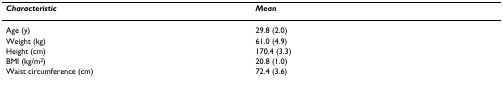
<table><thead><tr><td><b><i>Characteristic</i></b></td><td><b><i>Mean</i></b></td></tr></thead><tbody><tr><td>Age (y)</td><td>29.8 (2.0)</td></tr><tr><td>Weight (kg)</td><td>61.0 (4.9)</td></tr><tr><td>Height (cm)</td><td>170.4 (3.3)</td></tr><tr><td>BMI (kg/m<sup>2</sup>)</td><td>20.8 (1.0)</td></tr><tr><td>Waist circumference (cm)</td><td>72.4 (3.6)</td></tr></tbody></table>